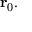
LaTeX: \mathbf { r } _ { 0 } .